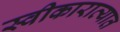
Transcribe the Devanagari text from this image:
स्वीकाराव्यात